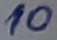
Text: 10